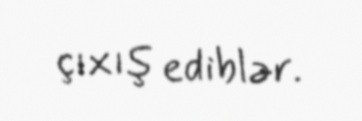
çıxış ediblər.